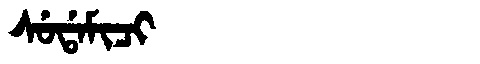
Manchu: ᠰᡠᡩᠠᠮᡳᠴᡳ
Romanization: SUDAMICI